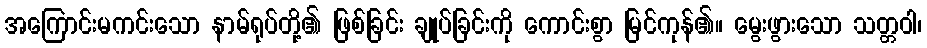
အကြောင်းမကင်းသော နာမ်ရုပ်တို့၏ ဖြစ်ခြင်း ချုပ်ခြင်းကို ကောင်းစွာ မြင်ကုန်၏။ မွေးဖွားသော သတ္တဝါ၊